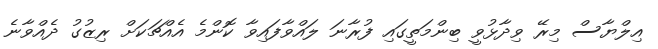
އިލްޔާސް މިރޭ ވިދާޅުވީ ބިންމަތީގައި ފުރާނަ ލައްވާފައިވާ ކޮންމެ އެއްޗަކަށް ރިޒުގު ދެއްވާނެ